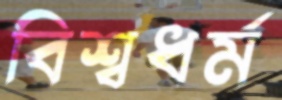
বিশ্বধর্ম